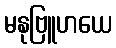
မနုဗြူဟယေ